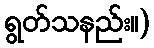
ရွတ်သနည်း။)